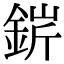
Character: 䤱